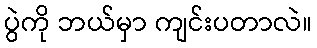
ပွဲကို ဘယ်မှာ ကျင်းပတာလဲ။